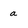
Character: a